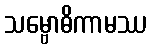
သမ္ဗောဓိကာမဿ